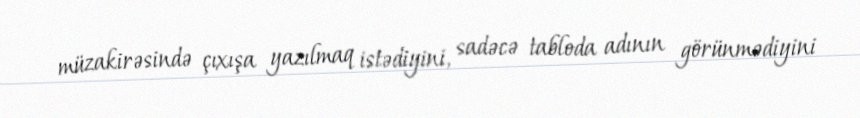
müzakirəsində çıxışa yazılmaq istədiyini, sadəcə tabloda adının görünmədiyini